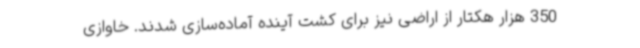
350 هزار هکتار از اراضی نیز برای کشت آینده آماده‌سازی شدند. خاوازی